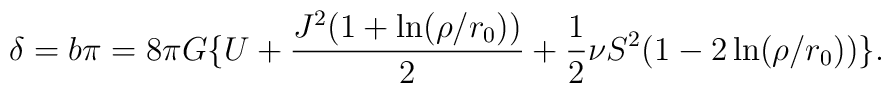
\delta= b\pi =8\pi G\{U+\frac{J^2(1+ \ln(\rho/r_0))}{2} + \frac{1}{2}\nu S^2(1 - 2\ln(\rho/r_0))\}.